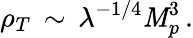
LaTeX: \rho_{T}\, \sim\, \lambda^{-1/4}\mathit{M}_{p}^{3}\, .